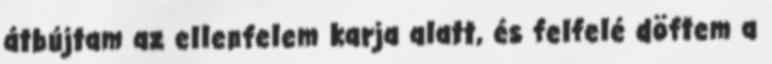
átbújtam az ellenfelem karja alatt, és felfelé döftem a